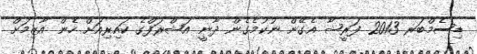
ޑިސެމްބަރ 2013 ފަރީޝާ އެގޭން ނުކުމެގެން ދާނީ އަޝްރަފްގެ ކައިރިއަށް ހެން އާޒިމަށް